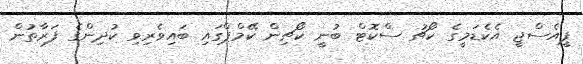
ޕީއެސްޖީ އެކެޑަމީގެ ކޯޗު ސްކޮޓް ބުނީ ކޯޗިން ކޭމްޕްގައި ބައިވެރިވި ކުދިންގެ ފަރާތުން